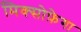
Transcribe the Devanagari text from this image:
मिक्सोफ़ेगा